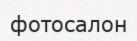
фотосалон